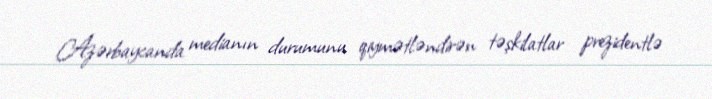
Azərbaycanda medianın durumunu qiymətləndirən təşkilatlar prezidentlə